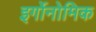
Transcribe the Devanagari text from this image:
इर्गोनोमिक